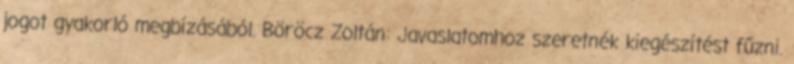
jogot gyakorló megbízásából. Böröcz Zoltán: Javaslatomhoz szeretnék kiegészítést fűzni.